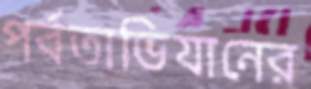
পর্বতাভিযানের